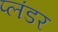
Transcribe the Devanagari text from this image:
प्लंडर